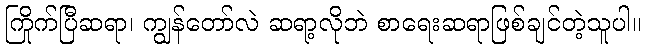
ကြိုက်ပြီဆရာ၊ ကျွန်တော်လဲ ဆရာ့လိုဘဲ စာရေးဆရာဖြစ်ချင်တဲ့သူပါ။